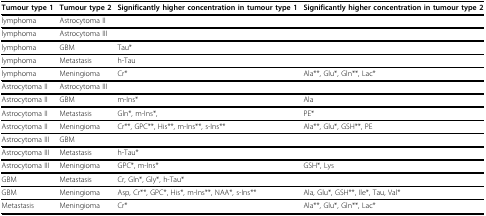
| Tumour type 1 | Tumour type 2 | Significantly higher concentration in tumour type 1 | Significantly higher concentration in tumour type 2 |
 | --- | --- | --- | --- |
 | lymphoma | Astrocytoma II |  |  |
 | lymphoma | Astrocytoma III |  |  |
 | lymphoma | GBM | Tau* |  |
 | lymphoma | Metastasis | h-Tau |  |
 | lymphoma | Meningioma | Cr* | Ala**, Glu*, Gln**, Lac* |
 | Astrocytoma II | Astrocytoma III |  |  |
 | Astrocytoma II | GBM | m-Ins* | Ala |
 | Astrocytoma II | Metastasis | Gln*, m-Ins*, | PE* |
 | Astrocytoma II | Meningioma | Cr**, GPC**, His**, m-Ins**, s-Ins** | Ala**, Glu*, GSH**, PE |
 | Astrocytoma III | GBM |  |  |
 | Astrocytoma III | Metastasis | h-Tau* |  |
 | Astrocytoma III | Meningioma | GPC*, m-Ins* | GSH*, Lys |
 | GBM | Metastasis | Cr, Gln*, Gly*, h-Tau* |  |
 | GBM | Meningioma | Asp, Cr**, GPC*, His*, m-Ins**, NAA*, s-Ins** | Ala, Glu*, GSH**, Ile*, Tau, Val* |
 | Metastasis | Meningioma | Cr* | Ala**, Glu*, Gln**, Lac* |